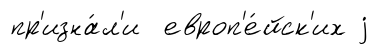
пр'изна́л'и европ'е́йск'их j